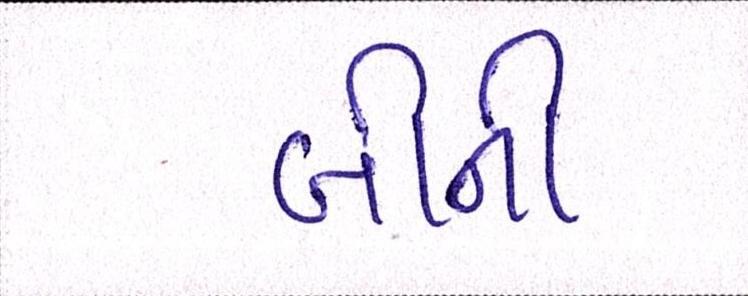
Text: બીની